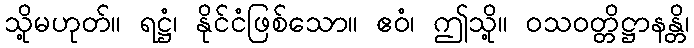
သို့မဟုတ်။ ရဋ္ဌံ၊ နိုင်ငံဖြစ်သော။ ဧဝံ၊ ဤသို့။ ဝသဝတ္တိဋ္ဌာနန္တိ၊